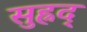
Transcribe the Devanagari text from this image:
सुह्रद्